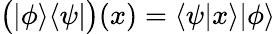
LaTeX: {\bigl(}|\phi\rangle\langle\psi|{\bigr)}(x)=\langle\psi|x\rangle|\phi\rangle